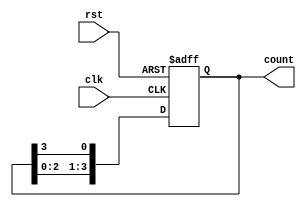
module ring_counter #(parameter N = 4) (
    input wire clk,       // Clock signal
    input wire rst,       // Reset signal (active high)
    output reg [N-1:0] count // Output state of the ring counter
);

// Initialization: at the start only the least significant bit is set
always @(posedge clk or posedge rst) begin
    if (rst) begin
        count <= 1'b1; // Initialize to 000...0001
    end else begin
        // Shift the '1' to the right
        count <= {count[N-2:0], count[N-1]};
    end
end

endmodule